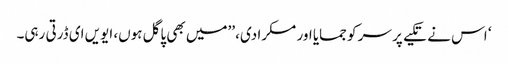
‘ اس نے تکیے پر سر کو جمایا اور مسکرا دی، ’’میں بھی پاگل ہوں، ایویں ای ڈرتی رہی۔